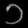
Digit: ၁